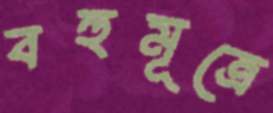
বহুমূত্রে